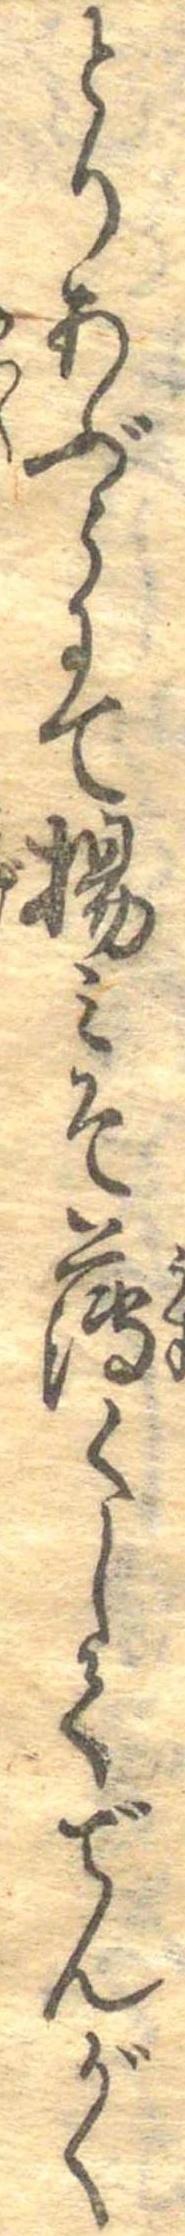
とりあぶらにて揚みそ薄くしてでんがく